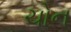
ચોન